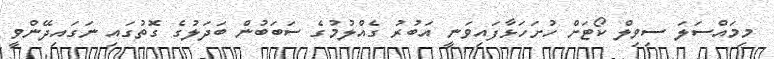
މިމައްސަލަ ސިވިލް ކޯޓަށް ހުށަހަޅާފައިވަނީ އަބުރު ގެއްލުމުގެ ސަބަބުން ބަދަލުގެ ގޮތުގައި ނަގައިދޭންވީ